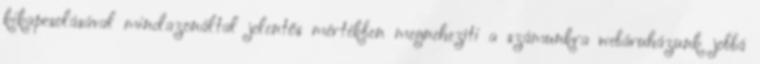
kikapcsolásával mindazonáltal jelentős mértékben megnehezíti a számunkra webáruházunk jobbá